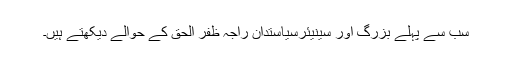
سب سے پہلے بزرگ اور سینیئرسیاستدان راجہ ظفر الحق کے حوالے دیکھتے ہیں۔